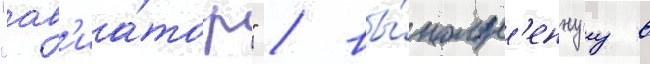
"ав'иа́тор" / вы́полн'еннуу в